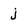
Character: j